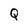
Character: Q